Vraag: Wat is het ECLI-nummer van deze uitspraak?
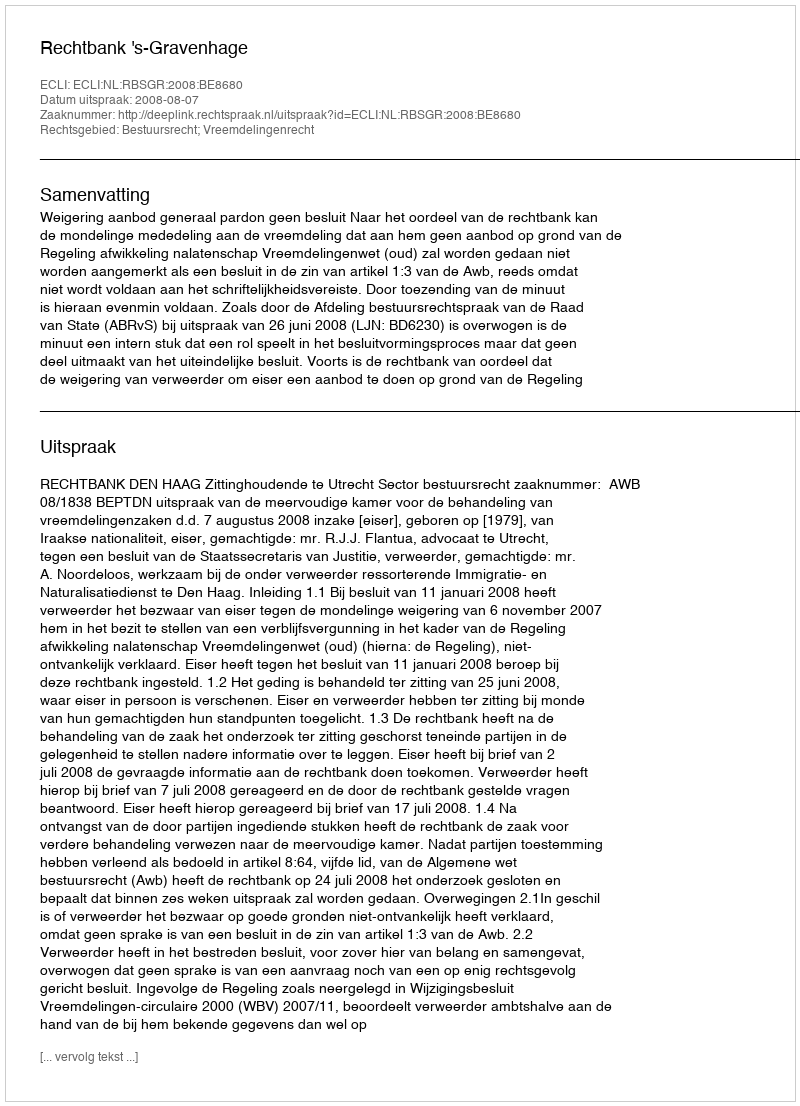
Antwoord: ECLI:NL:RBSGR:2008:BE8680